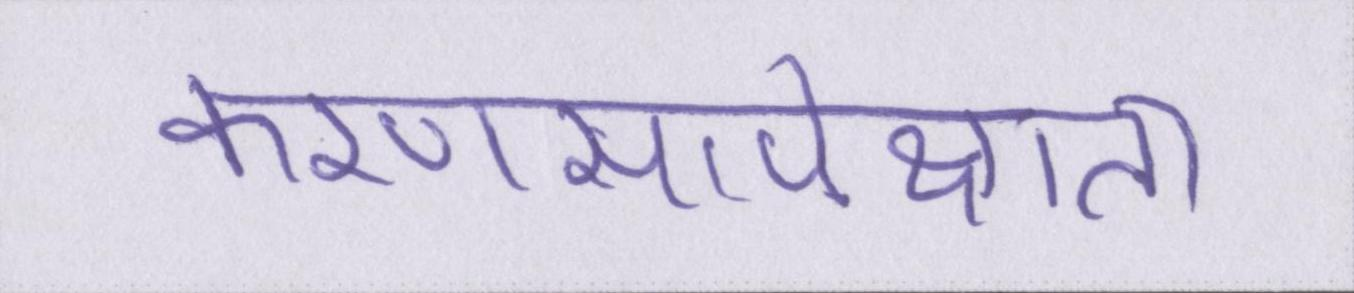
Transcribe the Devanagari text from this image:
करणसापेक्षता